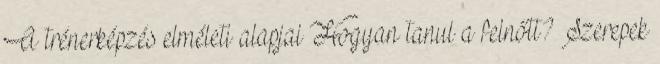
A trénerképzés elméleti alapjai Hogyan tanul a felnőtt? Szerepek